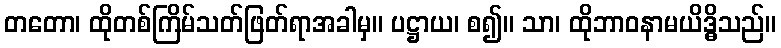
တတော၊ ထိုတစ်ကြိမ်သတ်ဖြတ်ရာအခါမှ။ ပဋ္ဌာယ၊ စ၍။ သာ၊ ထိုဘာဝနာမယိဒ္ဓိသည်။